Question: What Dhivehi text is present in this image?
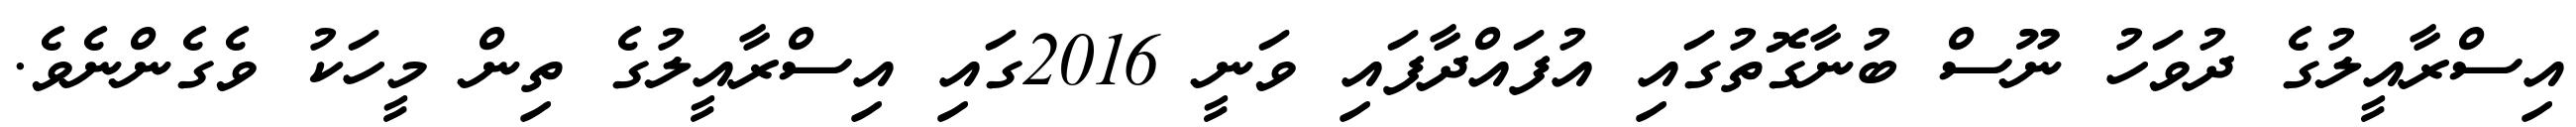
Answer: އިސްރާއީލުގެ ދުވަހު ނޫސް ބުނާގޮތުގައި އުފައްދާފައި ވަނީ 2016ގައި އިސްރާއީލުގެ ތިން މީހަކު ވެގެންނެވެ.